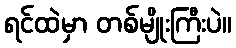
ရင်ထဲမှာ တစ်မျိုးကြီးပဲ။